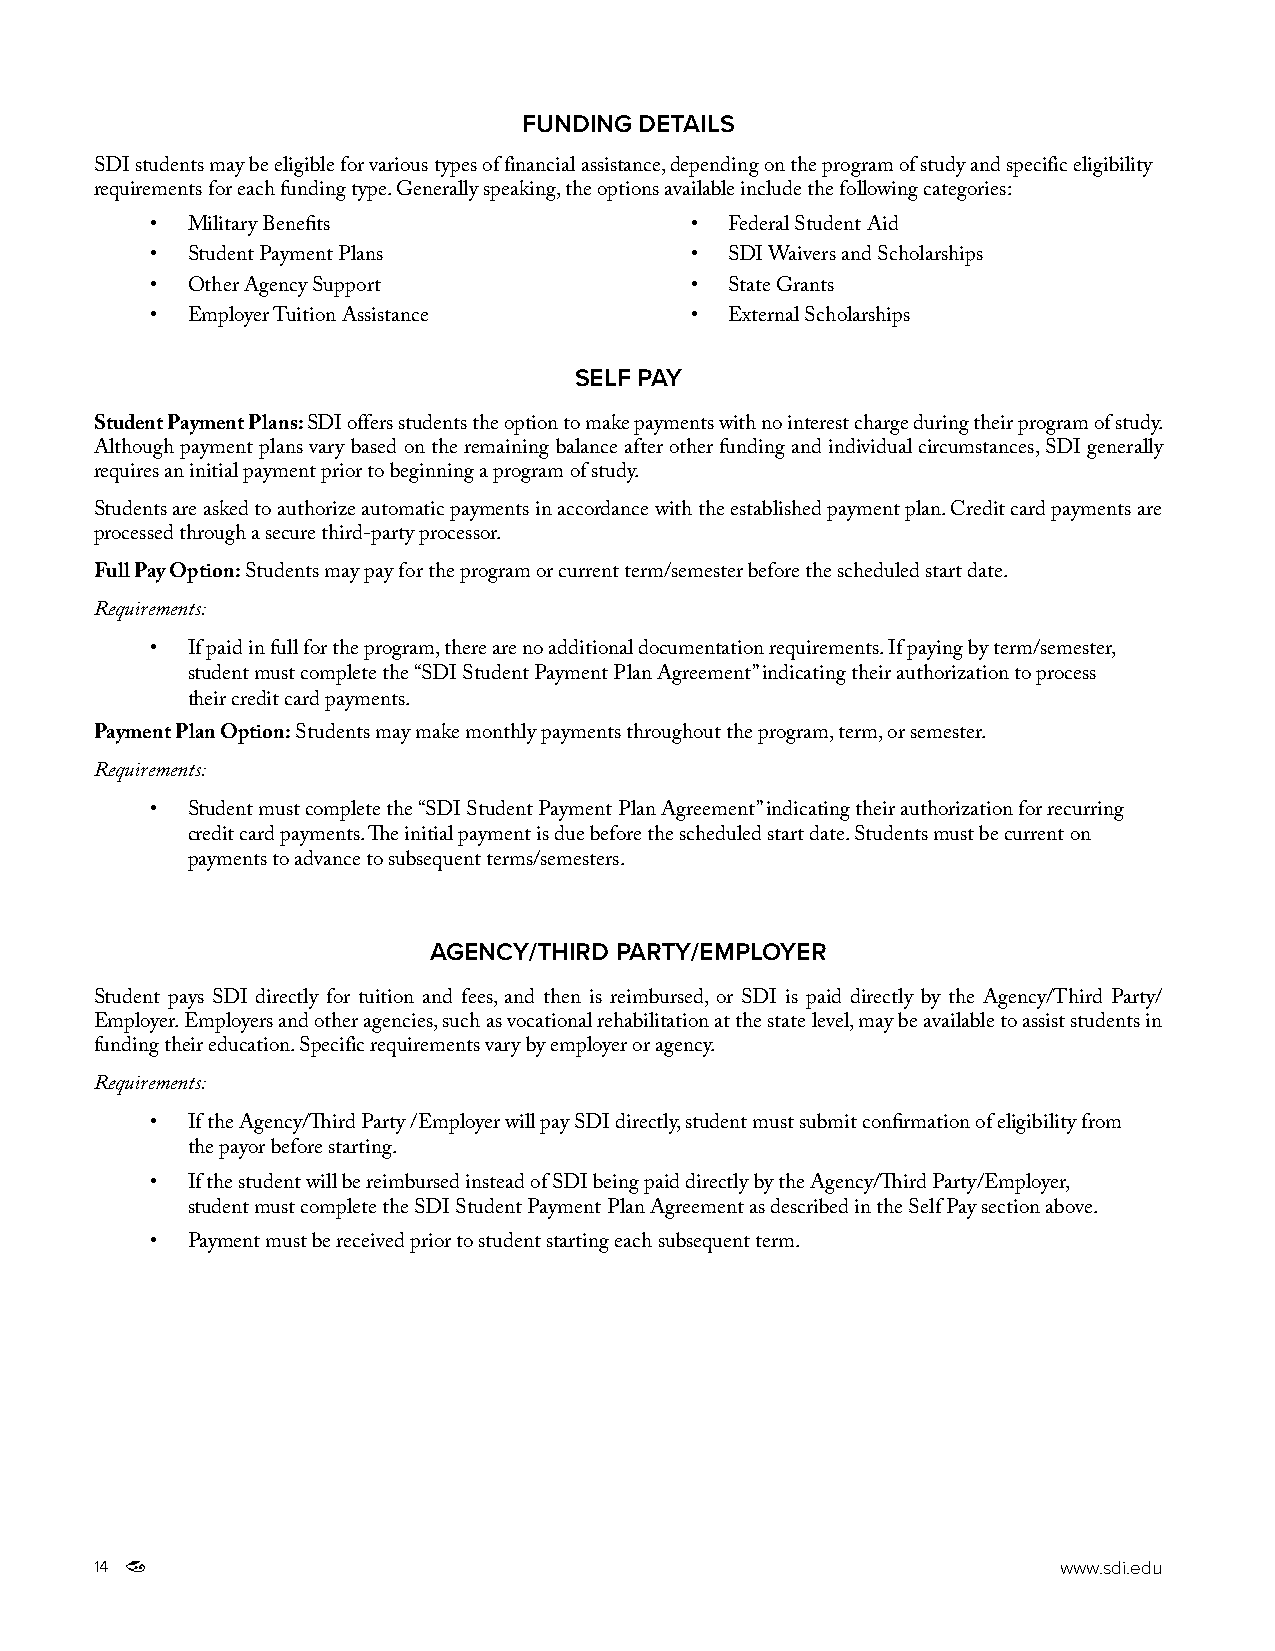
FUNDING DETAILS
 SDI students may be eligible for various types of financial assistance, depending on the program of study and specific eligibility
 requirements for each funding type. Generally speaking, the options available include the following categories:
 • Military Benefits                 • Federal Student Aid
 • Student Payment Plans             • SDI Waivers and Scholarships
 • Other Agency Support              • State Grants
 • Employer Tuition Assistance       • External Scholarships
 SELF PAY
 Student Payment Plans: SDI offers students the option to make payments with no interest charge during their program of study.
 Although payment plans vary based on the remaining balance after other funding and individual circumstances, SDI generally
 requires an initial payment prior to beginning a program of study.
 Students are asked to authorize automatic payments in accordance with the established payment plan. Credit card payments are
 processed through a secure third-party processor.
 Full Pay Option: Students may pay for the program or current term/semester before the scheduled start date.
 Requirements:
 • If paid in full for the program, there are no additional documentation requirements. If paying by term/semester,
 student must complete the “SDI Student Payment Plan Agreement” indicating their authorization to process
 their credit card payments.
 Payment Plan Option: Students may make monthly payments throughout the program, term, or semester.
 Requirements:
 • Student must complete the “SDI Student Payment Plan Agreement” indicating their authorization for recurring
 credit card payments. The initial payment is due before the scheduled start date. Students must be current on
 payments to advance to subsequent terms/semesters.
 AGENCY/THIRD PARTY/EMPLOYER
 Student pays SDI directly for tuition and fees, and then is reimbursed, or SDI is paid directly by the Agency/Third Party/
 Employer. Employers and other agencies, such as vocational rehabilitation at the state level, may be available to assist students in
 funding their education. Specific requirements vary by employer or agency.
 Requirements:
 • If the Agency/Third Party /Employer will pay SDI directly, student must submit confirmation of eligibility from
 the payor before starting.
 • If the student will be reimbursed instead of SDI being paid directly by the Agency/Third Party/Employer,
 student must complete the SDI Student Payment Plan Agreement as described in the Self Pay section above.
 • Payment must be received prior to student starting each subsequent term.
 14                                                              www.sdi.edu